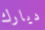
ديارك